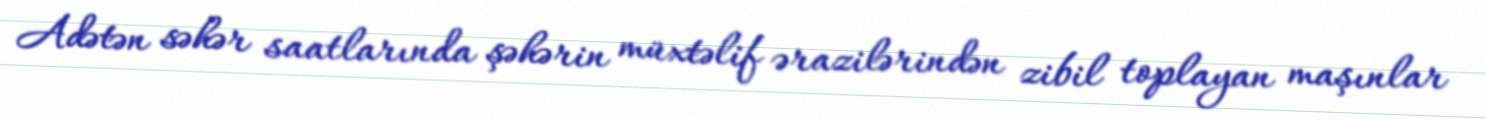
Adətən səhər saatlarında şəhərin müxtəlif ərazilərindən zibil toplayan maşınlar